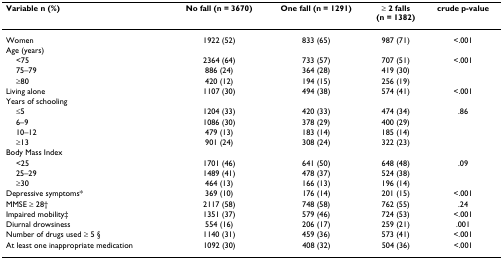
<table><thead><tr><td><b>Variable n (%)</b></td><td><b>No fall (n = 3670)</b></td><td><b>One fall (n = 1291)</b></td><td><b>≥ 2 falls(n = 1382)</b></td><td><b>crude p-value</b></td></tr></thead><tbody><tr><td>Women</td><td>1922 (52)</td><td>833 (65)</td><td>987 (71)</td><td>&lt;.001</td></tr><tr><td>Age (years)</td><td></td><td></td><td></td><td></td></tr><tr><td> &lt;75</td><td>2364 (64)</td><td>733 (57)</td><td>707 (51)</td><td>&lt;.001</td></tr><tr><td> 75–79</td><td>886 (24)</td><td>364 (28)</td><td>419 (30)</td><td></td></tr><tr><td> ≥80</td><td>420 (12)</td><td>194 (15)</td><td>256 (19)</td><td></td></tr><tr><td>Living alone</td><td>1107 (30)</td><td>494 (38)</td><td>574 (41)</td><td>&lt;.001</td></tr><tr><td>Years of schooling</td><td></td><td></td><td></td><td></td></tr><tr><td> ≤5</td><td>1204 (33)</td><td>420 (33)</td><td>474 (34)</td><td>.86</td></tr><tr><td> 6–9</td><td>1086 (30)</td><td>378 (29)</td><td>400 (29)</td><td></td></tr><tr><td> 10–12</td><td>479 (13)</td><td>183 (14)</td><td>185 (14)</td><td></td></tr><tr><td> ≥13</td><td>901 (24)</td><td>308 (24)</td><td>322 (23)</td><td></td></tr><tr><td>Body Mass Index</td><td></td><td></td><td></td><td></td></tr><tr><td> &lt;25</td><td>1701 (46)</td><td>641 (50)</td><td>648 (48)</td><td>.09</td></tr><tr><td> 25–29</td><td>1489 (41)</td><td>478 (37)</td><td>524 (38)</td><td></td></tr><tr><td> ≥30</td><td>464 (13)</td><td>166 (13)</td><td>196 (14)</td><td></td></tr><tr><td>Depressive symptoms*</td><td>369 (10)</td><td>176 (14)</td><td>201 (15)</td><td>&lt;.001</td></tr><tr><td>MMSE ≥ 28†</td><td>2117 (58)</td><td>748 (58)</td><td>762 (55)</td><td>.24</td></tr><tr><td>Impaired mobility‡</td><td>1351 (37)</td><td>579 (46)</td><td>724 (53)</td><td>&lt;.001</td></tr><tr><td>Diurnal drowsiness</td><td>554 (16)</td><td>206 (17)</td><td>259 (21)</td><td>.001</td></tr><tr><td>Number of drugs used ≥ 5 §</td><td>1140 (31)</td><td>459 (36)</td><td>573 (41)</td><td>&lt;.001</td></tr><tr><td>At least one inappropriate medication</td><td>1092 (30)</td><td>408 (32)</td><td>504 (36)</td><td>&lt;.001</td></tr></tbody></table>